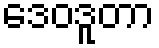
ဒေဝဒူတာ